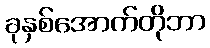
ခုနှစ်အောက်တိုဘာ